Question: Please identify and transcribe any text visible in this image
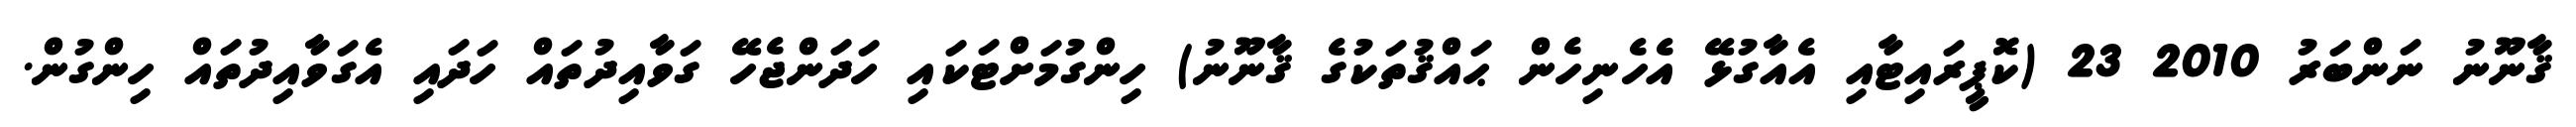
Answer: ޤާނޫނު ނަންބަރު 2010 23 (ކޮޕީރައިޓާއި އެއާގުޅޭ އެހެނިހެން ޙައްޤުތަކުގެ ޤާނޫނު) ހިންގުމަށްޓަކައި ހަދަންޖެހޭ ގަވާއިދުތައް ހަދައި އެގަވާއިދުތައް ހިންގުން.